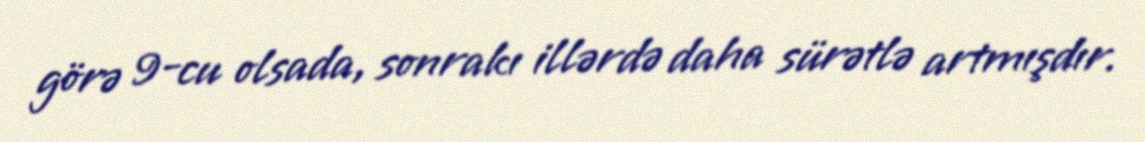
görə 9-cu olsada, sonrakı illərdə daha sürətlə artmışdır.